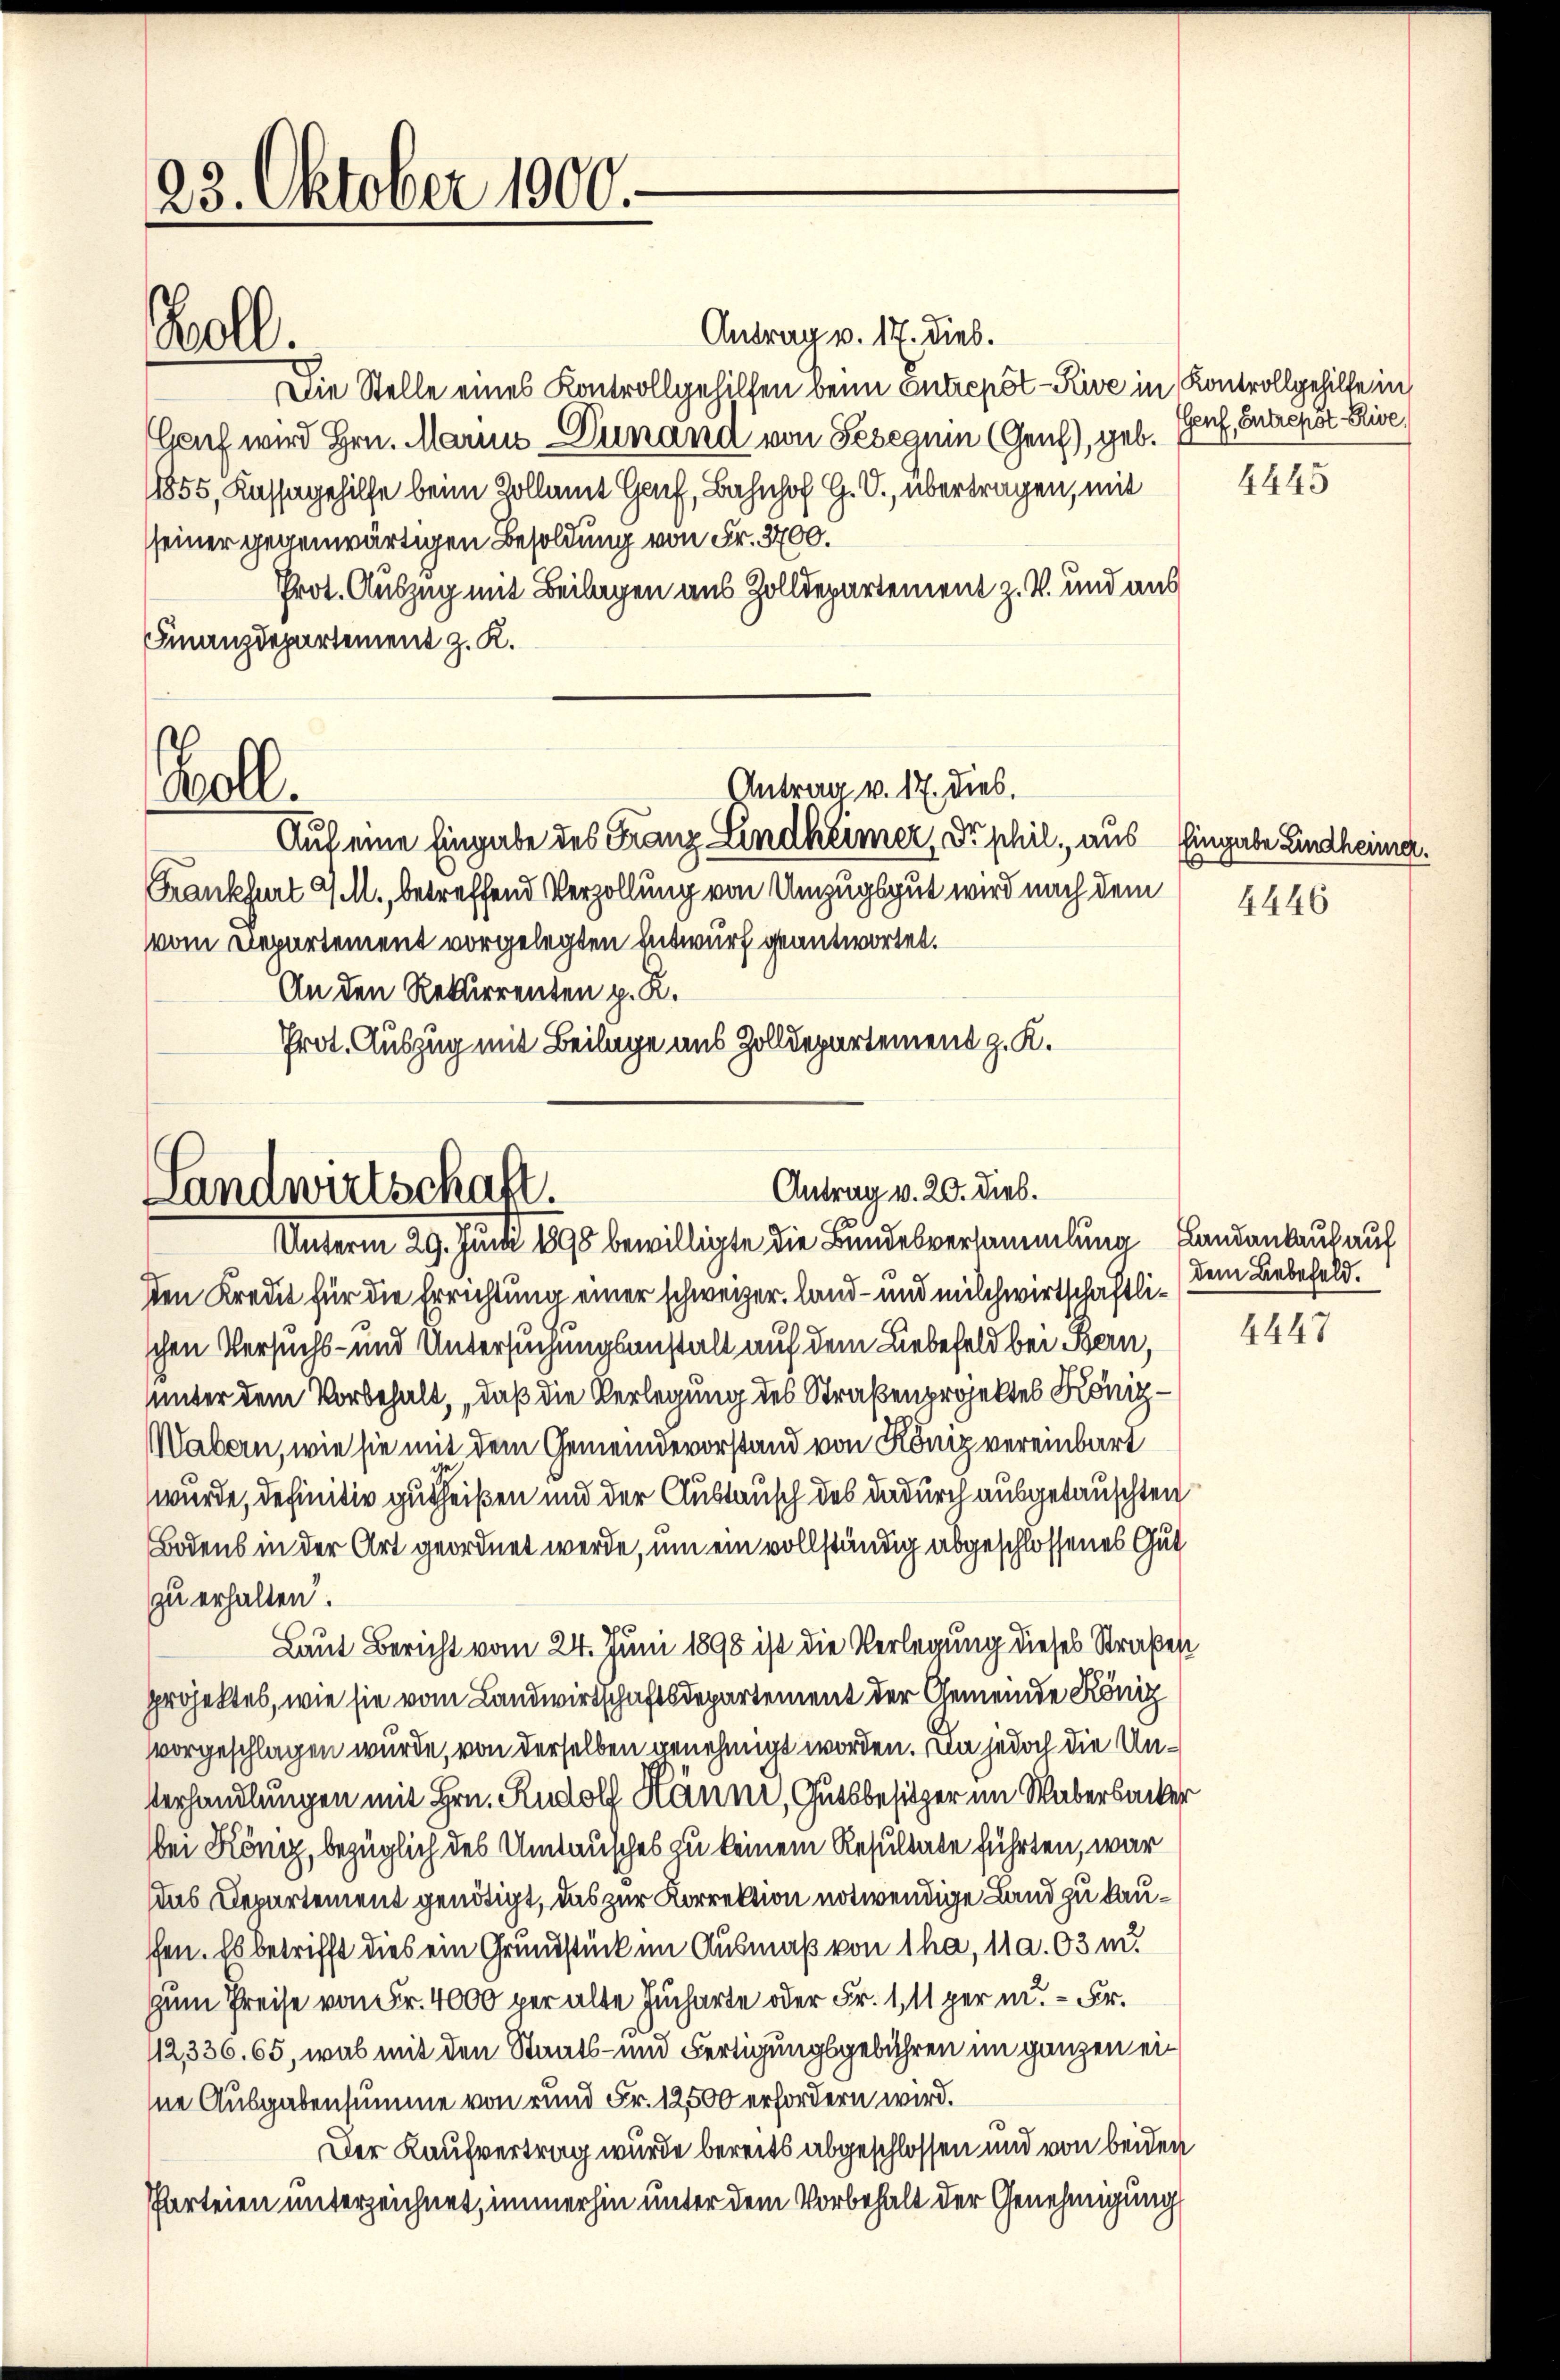
23. Oktober 1900.

Boll.

Antrag v. 17. dies.
Die Stelle eines Kontrollgehilfen beim Entrepôt-Kive in Kontrollgehilfe in
Gauf wird Hrn. Marie unand von Sesegum (Genf), geb.
11855, Kassagehilfe beim Kollamt Hof, Bahnhof G. V., übertragen, mit
seiner gegenwärtigen Besoldung von Fr. 3700.
Prot. Auszug mit Beilagen aus Zolldepartement z. B. und aus
Finanzdepartement z. K.
Antrag v. 17. dies.
Boll.
Auf eine Eingabe des Franz Lindheimer, Dr. phil., aus Eingabe Lindheimer.
Frankfurt 9 M., betreffend Verzollung von Umzugsgut wird nach dem
vom Departement vorgelegten Entwurf geantwortet.
An den Rekurrenten p. R.
Prot. Auszug mit Beilage aus Zolldepartement z. K.

Antrag v. 20. Dieb.
Landwirtschaft.
Unterm 29. Juni 1895 bewilligte die Bundesversammlung Landankauf auf

sten Kredit für die Errichtung einer schweizer, Land- und milchwirtschaftlischen Versuchs- und Untersuchungsanstalt auf dem Liebefeld bei Bern,
unter dem Vorbehalt, daß die Verlegung des Straßenprojektes König¬
Wabern, wie sie mit dem Gemeindevorstand von König vereinbart
wurde, definitiv gutheißen und der Austausch des dadurch ausgetauschten
Bodens in der Art geordnet werde, um ein vollständig abgeschlossenes Gut
zu erhalten.
Laut Bericht vom 24. Juni 1898 ist die Verlegung dieses Straßen
projektes, wie sie vom Landwirtschaftsdepartement der Gemeinde König
vorgeschlagen wurde, von derselben genehmigt worden. Da jedoch die Un¬
Verhandlungen mit Hrn. Rudolf Hänni, Gutsbesitzer im Wabersacker
bei Köng, bezüglich des Umtausches zu keinem Resultate führten, war
das Departement genötigt, das zur Korrektion notwendige Land zu kauffen. Es betrifft dies ein Grundstück im Ausmaß von 1 ha, 11 a. 03 m.
zum Preise von Fr. 4000 per alte Jucharte oder Fr. 1, 11 per m. Fr.
112,336. 65, was mit den Staats- und Fertigungsgebühren im ganzen eihne Ausgabensumme von und Fr. 12500 erfordern wird.
Der Kaufvertrag wurde bereits abgeschlossen und von beiden
Parteien unterzeichnet, immerhin unter dem Vorbehalt der Genehmigung

Genf, Entrepst Rive,

4445

e
4446

dem Liebefeld.

4447